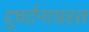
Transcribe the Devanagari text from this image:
दुघर्टनाग्रस्त